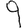
Digit: 9